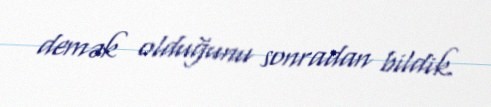
demək olduğunu sonradan bildik.